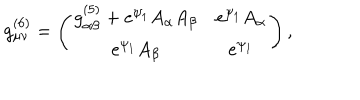
g _ { \mu \nu } ^ { ( 6 ) } = \left( \begin{array} { c c } { { g _ { \alpha \beta } ^ { ( 5 ) } + e ^ { \psi _ { 1 } } A _ { \alpha } A _ { \beta } } } & { { e ^ { \psi _ { 1 } } A _ { \alpha } } } \\ { { e ^ { \psi _ { 1 } } A _ { \beta } } } & { { e ^ { \psi _ { 1 } } } } \\ \end{array} \right) ,